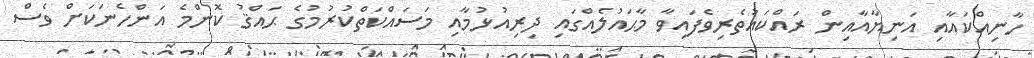
ހާނިއްކައާއި އަނިޔާއާއިން ރައްކައުތެރިވެފައިވާ މާޙައުލެއްގައި ދިރިއުޅުމާއި މަސައްކަތްކުރުމުގެ ޙައްޤު ކޮންމެ އަންހެނަކަށް ވެސް